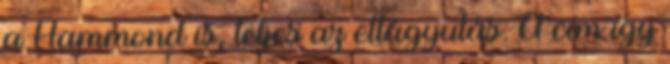
a Hammond is, teljes az ellágyulás. A cím így